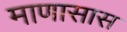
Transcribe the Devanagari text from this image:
माणासास